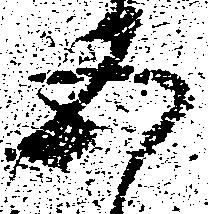
五